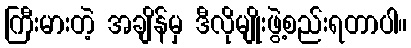
ကြီးမားတဲ့ အချိန်မှ ဒီလိုမျိုးဖွဲ့စည်းရတာပါ။